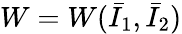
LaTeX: W=W({\bar{I}}_{1},{\bar{I}}_{2})